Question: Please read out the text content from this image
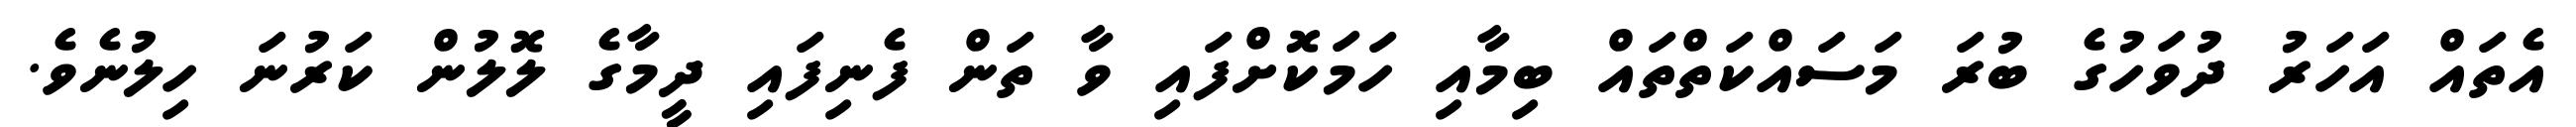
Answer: އެތައް އަހަރު ދުވަހުގެ ބުރަ މަސައްކަތްތައް ބިމާއި ހަމަކޮށްފައި ވާ ތަން ފެނިފައި ދީމާގެ ލޮލުން ކަރުނަ ހިލުނެވެ.